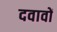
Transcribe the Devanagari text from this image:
दवावों